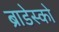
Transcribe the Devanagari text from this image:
ब्राडेस्को